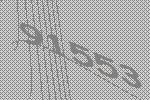
91553